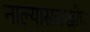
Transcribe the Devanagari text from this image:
नाल्यासारखीच